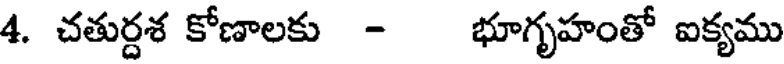
4. చతుర్దశ కోణాలకు - భూగృహంతో ఐక్యము